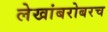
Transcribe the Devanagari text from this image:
लेखांबरोबरच